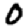
Digit: 0